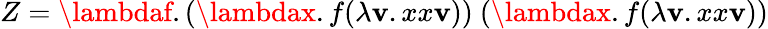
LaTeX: Z=\lambdaf.(\lambdax.f(\lambda\mathbf{v}.xx\mathbf{v}))\ (\lambdax.f(\lambda\mathbf{v}.xx\mathbf{v}))